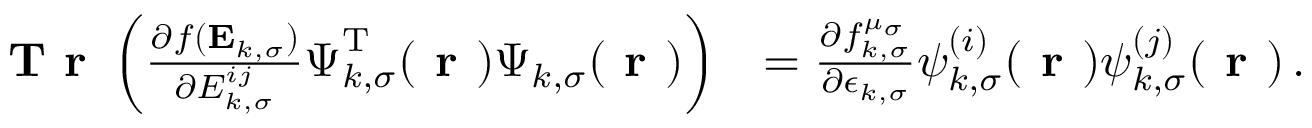
\begin{array} { r l } { \textbf { T r } \left( \frac { \partial f ( \mathbf { E } _ { k , \sigma } ) } { \partial { E } _ { k , \sigma } ^ { i j } } \boldsymbol { \Psi } _ { k , \sigma } ^ { \mathrm { T } } ( \boldsymbol { \textbf { r } } ) \boldsymbol { \Psi } _ { k , \sigma } ( \boldsymbol { \textbf { r } } ) \right) } & { = \frac { \partial f _ { k , \sigma } ^ { \mu _ { \sigma } } } { \partial \epsilon _ { k , \sigma } } \psi _ { k , \sigma } ^ { ( i ) } ( \boldsymbol { \textbf { r } } ) \psi _ { k , \sigma } ^ { ( j ) } ( \boldsymbol { \textbf { r } } ) \, . } \end{array}